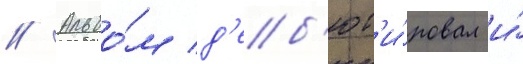
// Альбо́м д'еб'ют'и́ровал и́